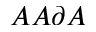
A A \partial A